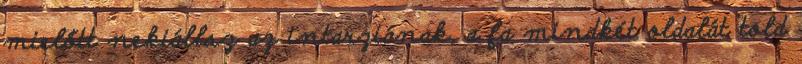
mielőtt nekiállsz az intarziának, a fa mindkét oldalát told